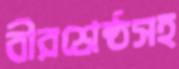
বীরশ্রেষ্ঠসহ